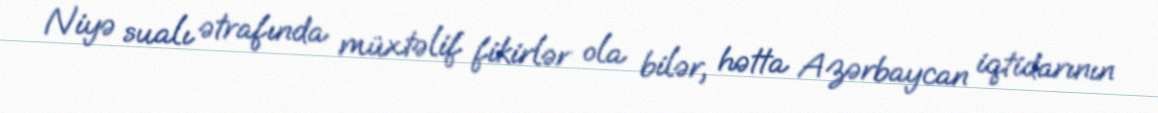
Niyə sualı ətrafında müxtəlif fikirlər ola bilər, hətta Azərbaycan iqtidarının